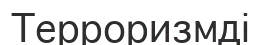
Терроризмді